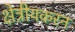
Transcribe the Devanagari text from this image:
क्षेत्रीयकरन